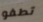
تطفو